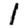
Digit: 1